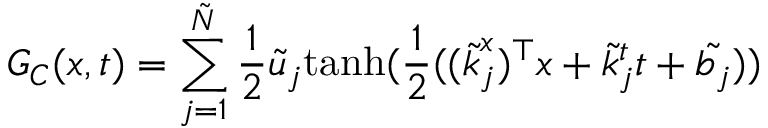
G _ { C } ( \boldsymbol { x } , t ) = \sum _ { j = 1 } ^ { \tilde { N } } \frac { 1 } { 2 } \tilde { u } _ { j } \mathrm { t a n h } ( \frac { 1 } { 2 } ( ( \boldsymbol { \tilde { k } } _ { j } ^ { x } ) ^ { \top } \boldsymbol { x } + \tilde { k } _ { j } ^ { t } t + \tilde { b _ { j } } ) )